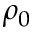
\rho _ { 0 }